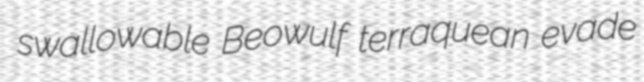
swallowable Beowulf terraquean evade